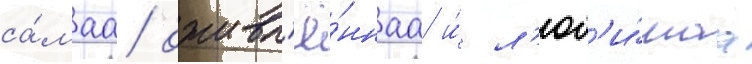
са́маа оживл'ё́ннаа и́ л'юб'и́маа